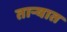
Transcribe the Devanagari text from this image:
तार्‍यात